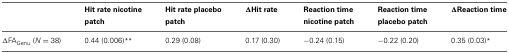
|  | Hit rate nicotine patch | Hit rate placebo patch | ΔHit rate | Reaction time nicotine patch | Reaction time placebo patch | ΔReaction time |
 | --- | --- | --- | --- | --- | --- | --- |
 | ΔFAGenu (N = 38) | 0.44 (0.006)** | 0.29 (0.08) | 0.17 (0.30) | −0.24 (0.15) | −0.22 (0.20) | 0.35 (0.03)* |